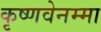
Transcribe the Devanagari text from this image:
कृष्णवेनम्मा